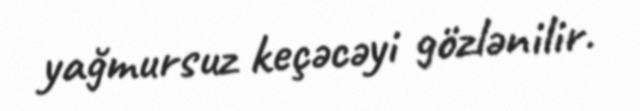
yağmursuz keçəcəyi gözlənilir.